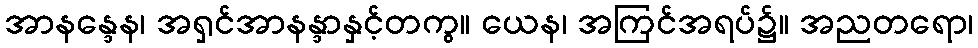
အာနန္ဒေန၊ အရှင်အာနန္ဒာနှင့်တကွ။ ယေန၊ အကြင်အရပ်၌။ အညတရော၊